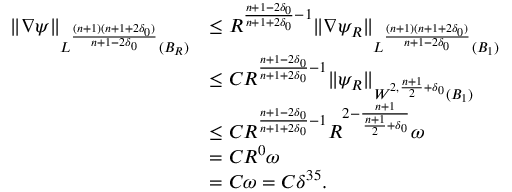
\begin{array} { r l } { \| \nabla \psi \| _ { L ^ { \frac { ( n + 1 ) ( n + 1 + 2 \delta _ { 0 } ) } { n + 1 - 2 \delta _ { 0 } } } ( B _ { R } ) } } & { \leq R ^ { \frac { n + 1 - 2 \delta _ { 0 } } { n + 1 + 2 \delta _ { 0 } } - 1 } \| \nabla \psi _ { R } \| _ { L ^ { \frac { ( n + 1 ) ( n + 1 + 2 \delta _ { 0 } ) } { n + 1 - 2 \delta _ { 0 } } } ( B _ { 1 } ) } } \\ & { \leq C R ^ { \frac { n + 1 - 2 \delta _ { 0 } } { n + 1 + 2 \delta _ { 0 } } - 1 } \| \psi _ { R } \| _ { W ^ { 2 , \frac { n + 1 } { 2 } + \delta _ { 0 } } ( B _ { 1 } ) } } \\ & { \leq C R ^ { \frac { n + 1 - 2 \delta _ { 0 } } { n + 1 + 2 \delta _ { 0 } } - 1 } R ^ { 2 - \frac { n + 1 } { \frac { n + 1 } { 2 } + \delta _ { 0 } } } \omega } \\ & { = C R ^ { 0 } \omega } \\ & { = C \omega = C \delta ^ { 3 5 } . } \end{array}